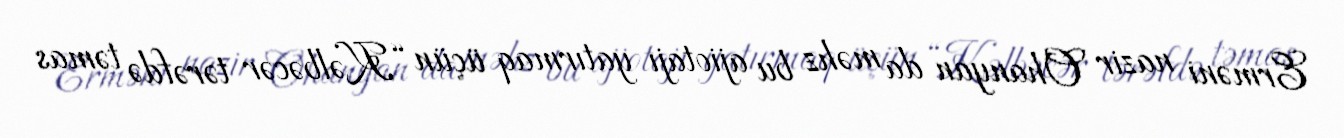
Erməni nazir Ohanyan da məhz bu ajiotajı yatırmaq üçün “Kəlbəcər tərəfdə təmas